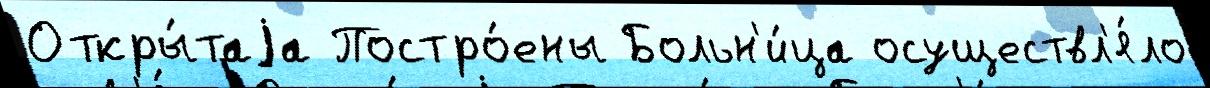
Откры́таjа Постро́ены Больн'и́ца осуществл'я́ло